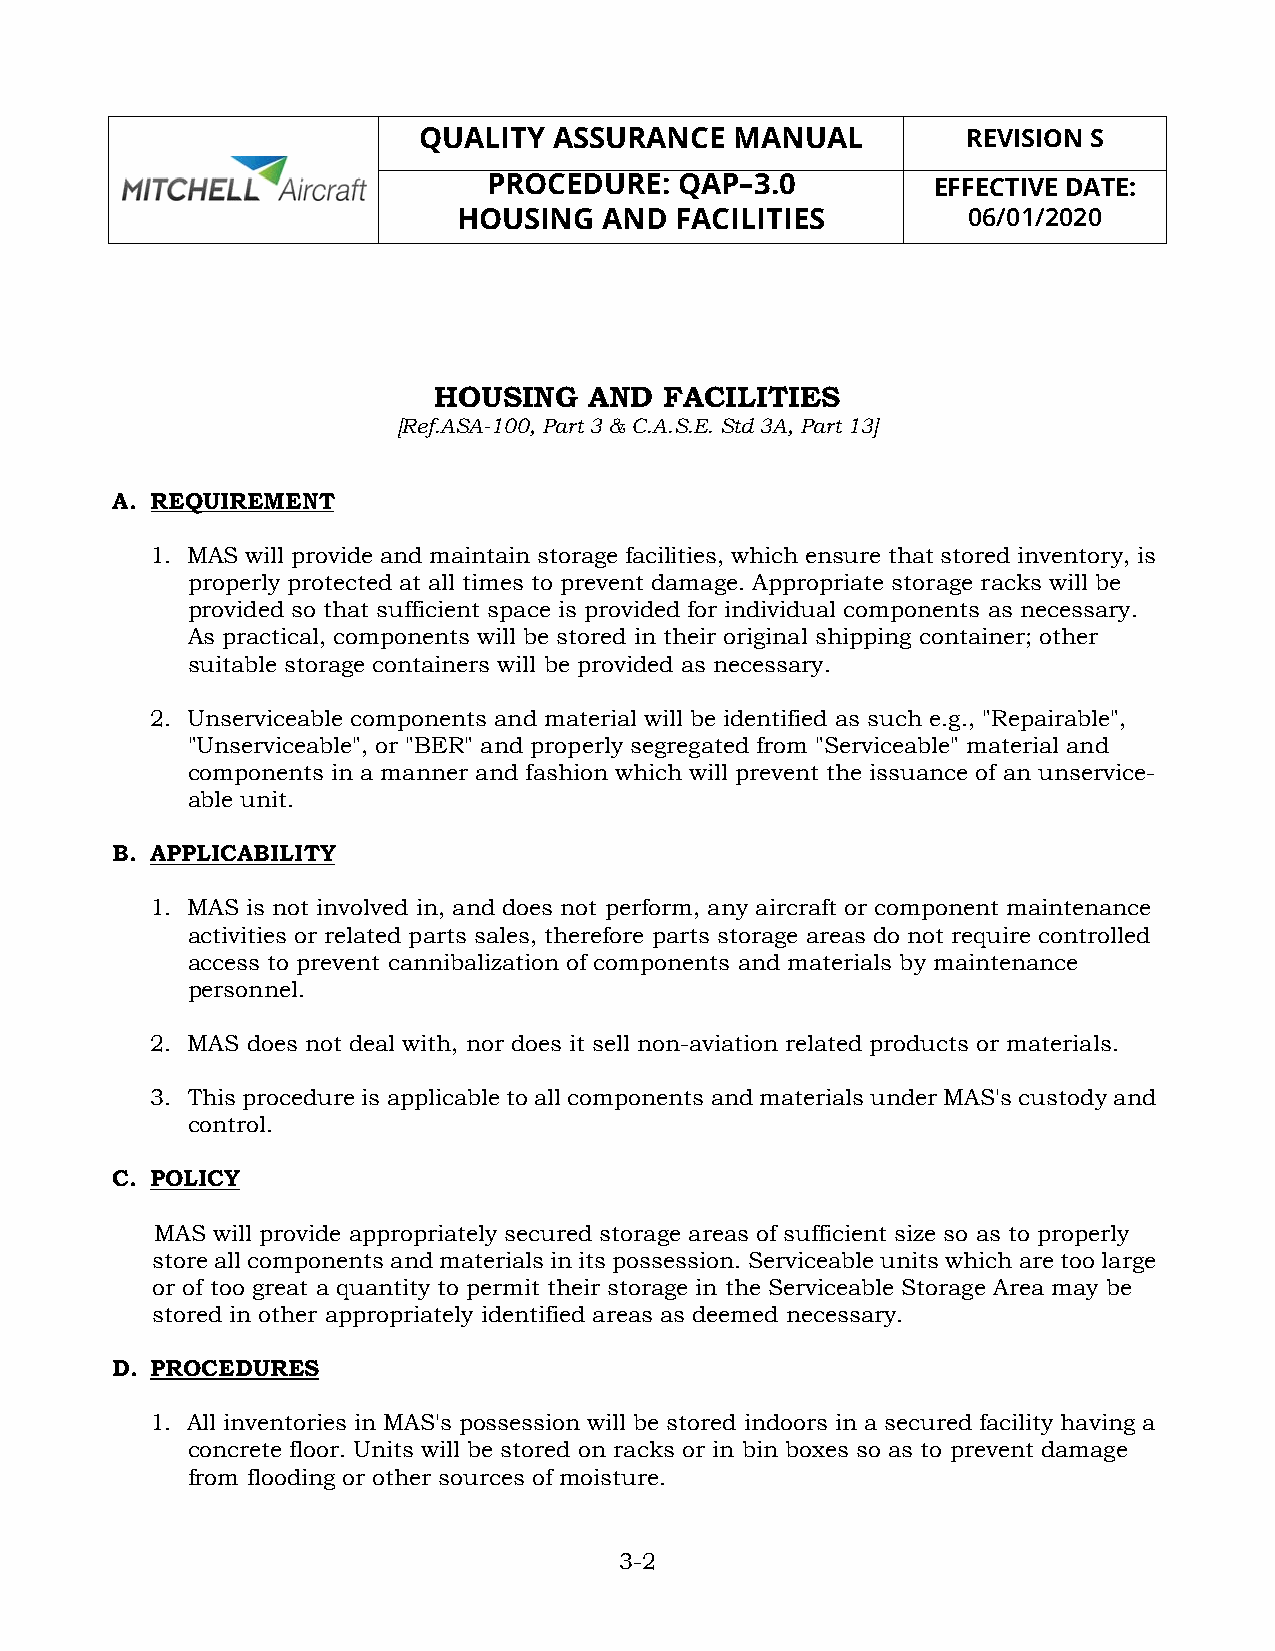
QUALITY  ASSURANCE   MANUAL         REVISION S
 PROCEDURE:   QAP–3.0          EFFECTIVE DATE:
 HOUSING   AND  FACILITIES         06/01/2020
 HOUSING   AND  FACILITIES
 [Ref.ASA-100, Part 3 & C.A.S.E. Std 3A, Part 13]
 A. REQUIREMENT
 1. MAS will provide and maintain storage facilities, which ensure that stored inventory, is
 properly protected at all times to prevent damage. Appropriate storage racks will be
 provided so that sufficient space is provided for individual components as necessary.
 As practical, components will be stored in their original shipping container; other
 suitable storage containers will be provided as necessary.
 2. Unserviceable components and material will be identified as such e.g., "Repairable",
 "Unserviceable", or "BER" and properly segregated from "Serviceable" material and
 components in a manner and fashion which will prevent the issuance of an unservice-
 able unit.
 B. APPLICABILITY
 1. MAS is not involved in, and does not perform, any aircraft or component maintenance
 activities or related parts sales, therefore parts storage areas do not require controlled
 access to prevent cannibalization of components and materials by maintenance
 personnel.
 2. MAS does not deal with, nor does it sell non-aviation related products or materials.
 3. This procedure is applicable to all components and materials under MAS's custody and
 control.
 C. POLICY
 MAS will provide appropriately secured storage areas of sufficient size so as to properly
 store all components and materials in its possession. Serviceable units which are too large
 or of too great a quantity to permit their storage in the Serviceable Storage Area may be
 stored in other appropriately identified areas as deemed necessary.
 D. PROCEDURES
 1. All inventories in MAS's possession will be stored indoors in a secured facility having a
 concrete floor. Units will be stored on racks or in bin boxes so as to prevent damage
 from flooding or other sources of moisture.
 3-2